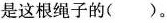
是这根绳子的( )。